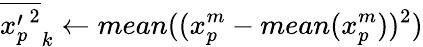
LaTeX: {\overline{{{x_{p}^{\prime}}^{2}}}}_{k}\gets mean((x_{p}^{m}-mean(x_{p}^{m}))^{2})